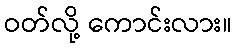
ဝတ်လို့ ကောင်းလား။